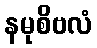
နမုစိဗလံ